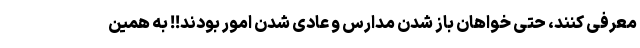
معرفی کنند، حتی خواهان باز شدن مدارس و عادی شدن امور بودند!! به همین